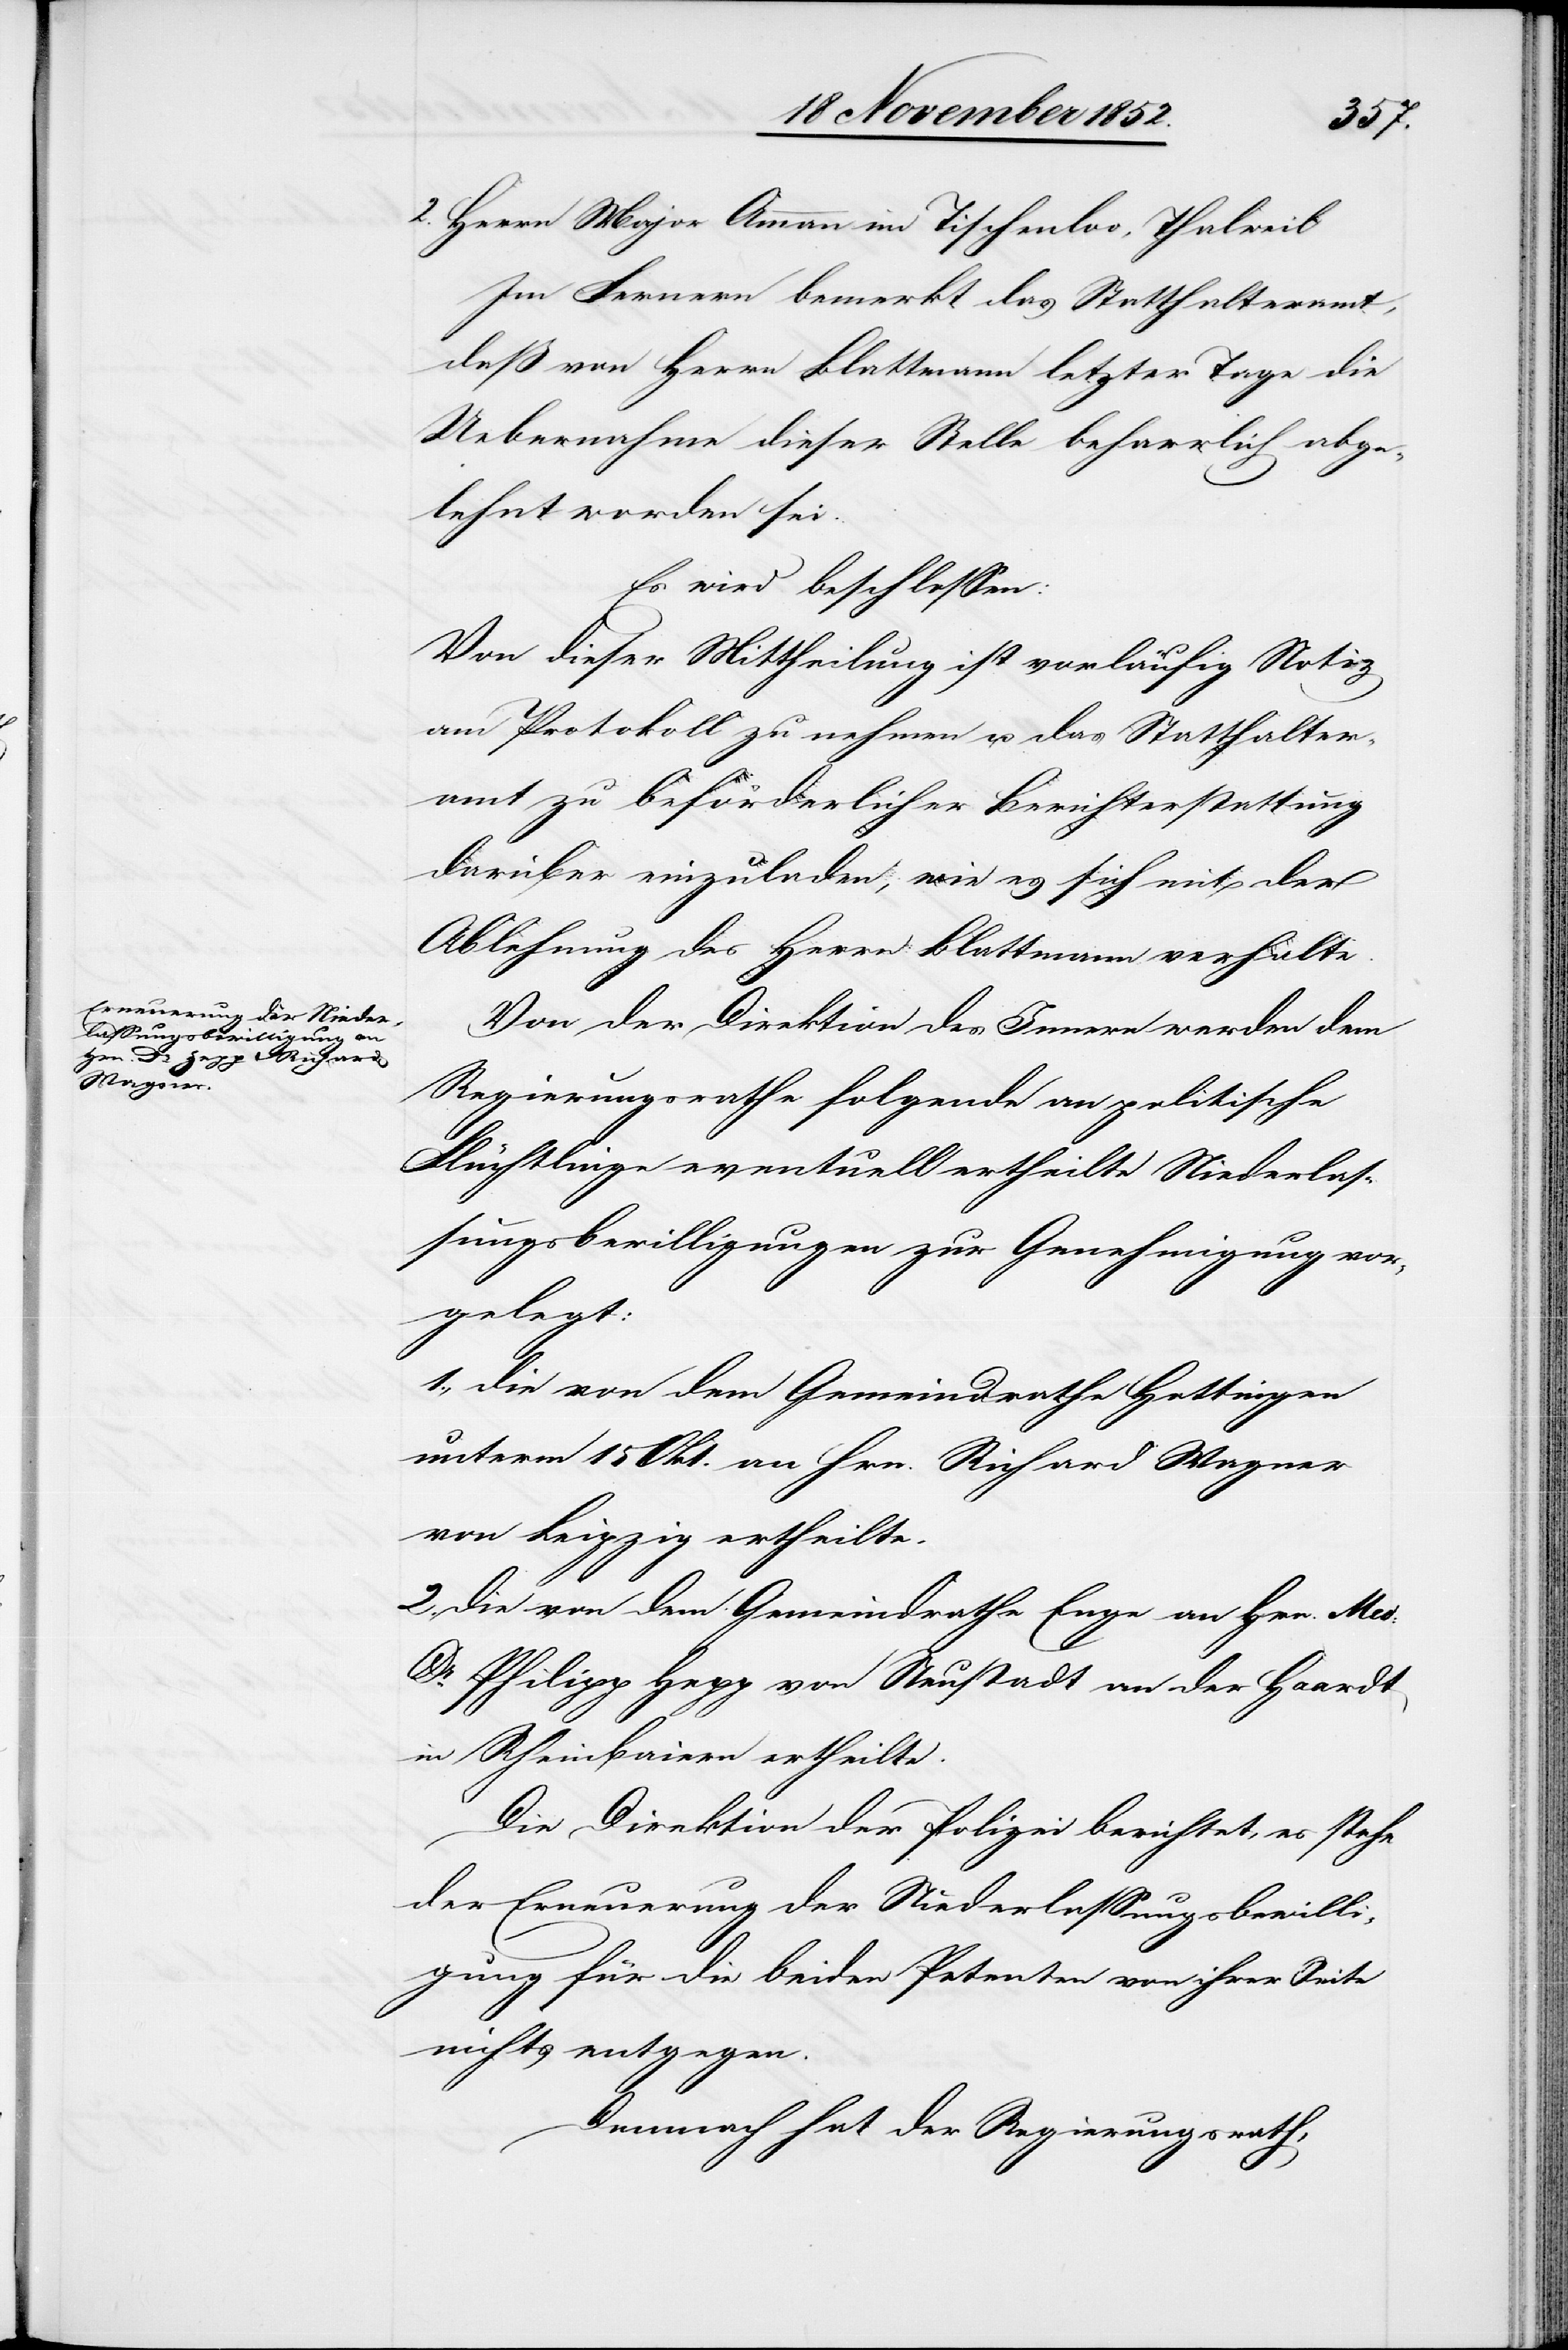
2. Herrn Major Ammann im Tischenloo, Thalweil
Im Fernern bemerkt das Statthalteramt,
daß von Herrn Blattmann letzter Tage die
Uebernahme dieser Stelle beharrlich abge¬
lehnt worden sei.
Es wird beschlossen:
Von dieser Mittheilung ist vorläufig Notiz
am Protokoll zu nehmen u. das Statthalter¬
amt zu beförderlicher Berichterstattung
darüber einzuladen, wie es sich mit der
Ablehnung des Herrn Blattmann verhalte.
Von der Direktion des Innern werden dem
Regierungsrathe folgende an politische
Flüchtlinge eventuell ertheilte Niederlas¬
sungsbewilligungen zur Genehmigung vor¬
gelegt:
1., die von dem Gemeindrathe Hottingen
unterm 15 Okt. an Hrn. Richard Wagner
von Leipzig ertheilte.
2., die von dem Gemeindrathe Enge an Hrn. Med:
Dr. Philipp Hepp von Neustadt an der Haardt
in Rheinbaiern ertheilte.
Die Direktion der Polizei berichtet, es stehe
der Erneuerung der Niederlassungsbewilli¬
gung für die beiden Petenten von ihrer Seite
nichts entgegen.
Demnach hat der Regierungsrath,